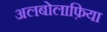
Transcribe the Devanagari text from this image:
अलबोलाफ़िया